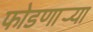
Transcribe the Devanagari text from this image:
फोडणार्‍या